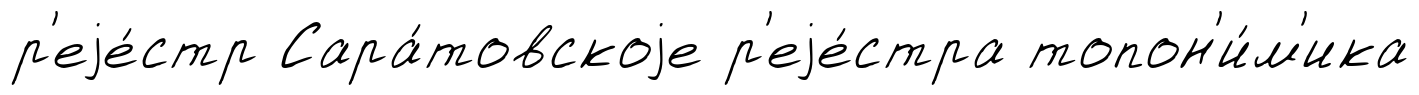
р'еjе́стр Сара́товскоjе р'еjе́стра топон'и́м'ика